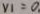
v _ { 1 } = 0